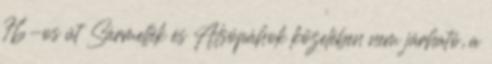
76-os út Sármellék és Alsópáhok közelében nem járható, a